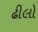
ઢીલો